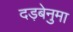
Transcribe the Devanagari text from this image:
दड़बेनुमा